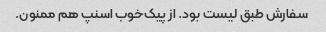
سفارش طبق لیست بود. از پیک‌خوب اسنپ هم ممنون.